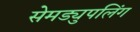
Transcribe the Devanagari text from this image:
सेमड्युपलिंग